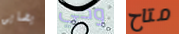
يضايق وحي متاح